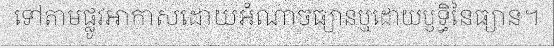
ទៅតាមផ្លូវអាកាសដោយអំណាចធ្យានឬដោយឫទ្ធិនៃធ្យាន។